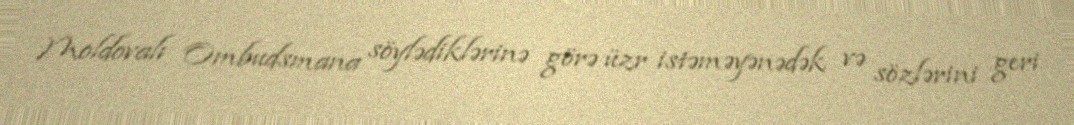
Moldovalı Ombudsmana söylədiklərinə görə üzr istəməyənədək və sözlərini geri